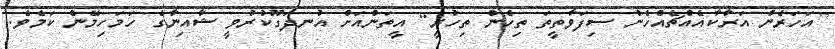
[އަހަރެން އަރާކާއެއްޗެއްހެން ސިފަވާތީތަ ތިހެން ތިހުރީ] އީތަންއަށް އުނދަގޫކުރުވީ ޝާއިނާގެ ހަމަހިމޭން ކަމެވެ.